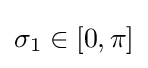
\sigma _{1}\in [0,\pi ]